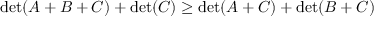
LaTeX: \operatorname* { d e t } ( A + B + C ) + \operatorname* { d e t } ( C ) \geq \operatorname* { d e t } ( A + C ) + \operatorname* { d e t } ( B + C )